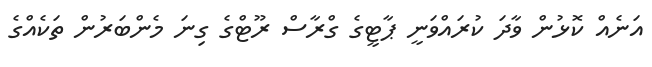
އަނެއް ކޮޅުން ވާދަ ކުރައްވަނީ ޕާޓީގެ ގްރާސް ރޫޓްގެ ގިނަ މެންބަރުން ތަކެއްގެ